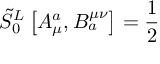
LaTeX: \tilde { S } _ { 0 } ^ { L } \left[ A _ { \mu } ^ { a } , B _ { a } ^ { \mu \nu } \right] = \frac { 1 } { 2 }